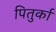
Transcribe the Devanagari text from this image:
पितुर्का